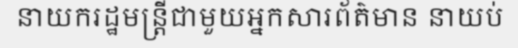
នាយករដ្ឋមន្ត្រីជាមួយអ្នកសារព័ត៌មាន នាយប់